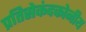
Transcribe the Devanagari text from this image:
प्रतिसेकंदकोनीय